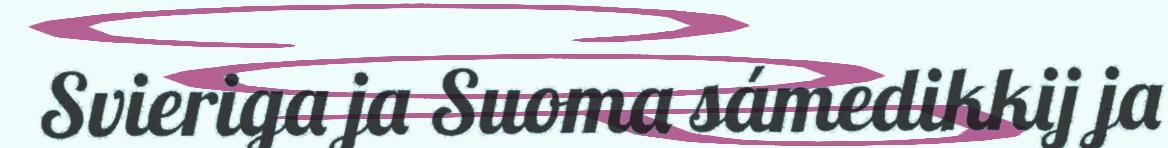
Svieriga ja Suoma sámedikkij ja